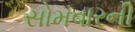
સોમવારની